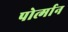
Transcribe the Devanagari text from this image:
पोर्त्मान